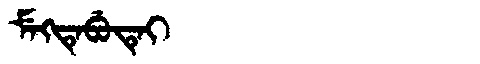
Manchu: ᠮᡝᡴᡨᡝᠪᡠᡨᡝᡳ
Romanization: MEKTEBUTEI